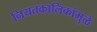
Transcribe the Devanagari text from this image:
नियतकालिकांमुळे